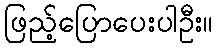
ဖြည့်ပြောပေးပါဦး။